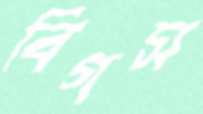
বিগস